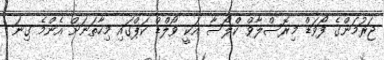
ޖަރުމަންގެ ފޯވަޑް މިރޮސްލާވް ކްލޯސާ އަކީ ވޯލްޑް ކަޕްގައި މިހާތަނަށް އެންމެ ގިނަ